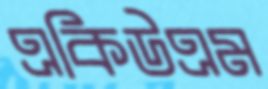
একিউএম